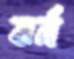
বর্ন